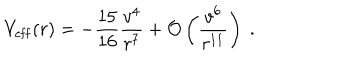
V _ { \mathrm { e f f } } ( r ) = - { \frac { 1 5 } { 1 6 } } { \frac { v ^ { 4 } } { r ^ { 7 } } } + { \cal O } \left( { \frac { v ^ { 6 } } { r ^ { 1 1 } } } \right) \ .